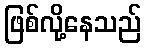
ဖြစ်လို့နေသည်